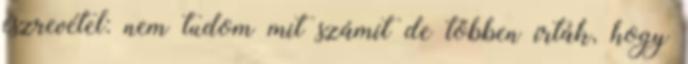
észrevétel: nem tudom mit számít de többen írták, hogy